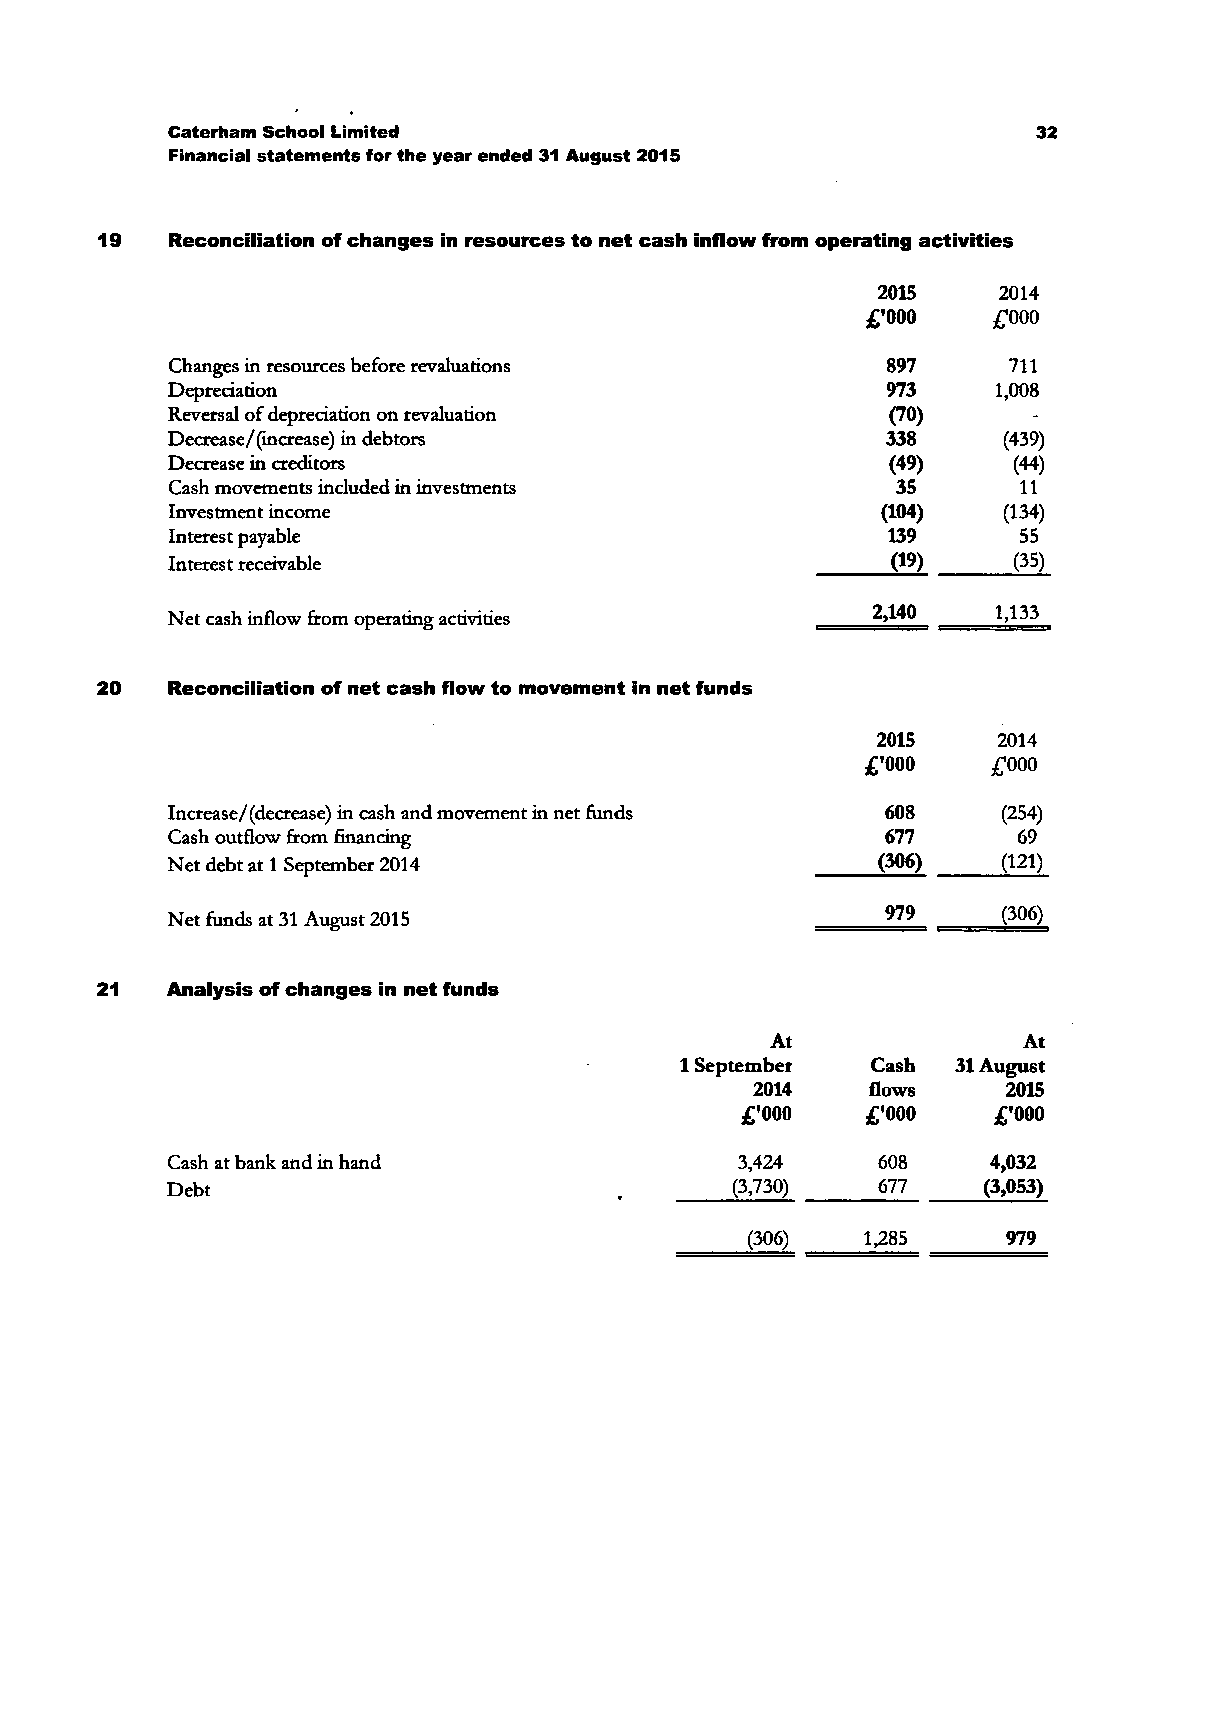
Caterham School Limited                                   32
 Financial statements for the year ended 31 August 2015
 19   Reconciliation of changes in resources to net cash inflow from operating activities
 2015    2014
 £'000    £000
 Changes in resources before revaluations        897     711
 Depreciation                                    973    1,008
 Reversal of depreciation on revaluation         (70)     -
 Decrease/(increase) in debtors                  338    (439)
 Decrease in creditors                           (49)    (44)
 Cash movements included in investments          35      11
 Investment income                              (104)   (134)
 Interest payable                                139     55
 Interest receivable                             (19)    (35)
 Net cash inflow from operating activities      2,140   1,133
 Reconciliation of net cash flow to movement in net funds
 2015    2014
 £'000    £000
 Increase/(decrease) in cash and movement in net funds 608 (254)
 Cash outflow from financing                     677     69
 Net debt at 1 September 2014                   (306)   (121)
 Net funds at 31 August 2015                     979    (306)
 Analysis of changes in net funds
 At               At
 1 September  Cash 31 August
 2014    flows    2015
 £'000   £'000    £'000
 Cash at bank and in hand              3,424    608     4,032
 Debt                                 (3,730)   677    (3,053)
 (306)   1,285     979